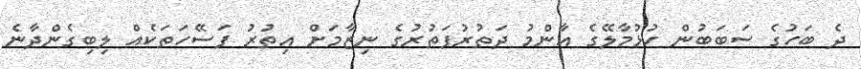
ދެ ބަހުގެ ސަބަބުން ހުޅުމާލޭގެ އާންމު ދަތުރުފަތުރުގެ ނިޒާމަށް އިތުރު ފަސޭހަތަކެއް ލިބިގެންދާނެ